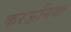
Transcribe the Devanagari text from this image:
करऊनिया